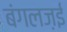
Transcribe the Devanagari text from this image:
बंगलज़ई